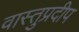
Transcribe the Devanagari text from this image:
वास्तुप्रदीप